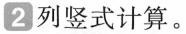
2 列竖式计算。